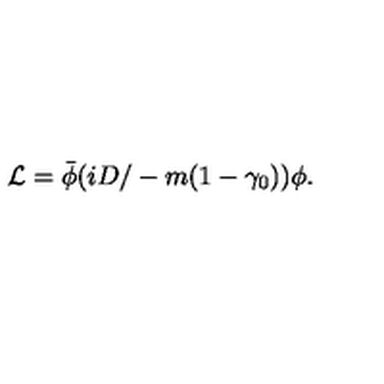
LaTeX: { \cal L } = { \bar { \phi } } ( i { D \slash } - m ( 1 - \gamma _ { 0 } ) ) \phi .